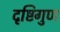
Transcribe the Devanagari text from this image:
दृष्टिगुण